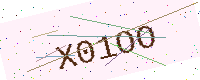
Text: X01OO